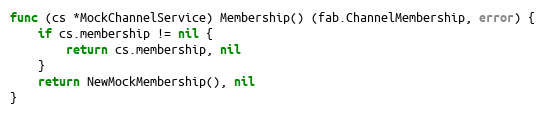
Language: Go
func (cs *MockChannelService) Membership() (fab.ChannelMembership, error) {
	if cs.membership != nil {
		return cs.membership, nil
	}
	return NewMockMembership(), nil
}